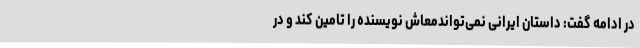
در ادامه گفت: داستان ایرانی نمی‌تواندمعاش نویسنده را تامین کند و در